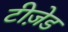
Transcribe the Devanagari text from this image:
टीज़ेड